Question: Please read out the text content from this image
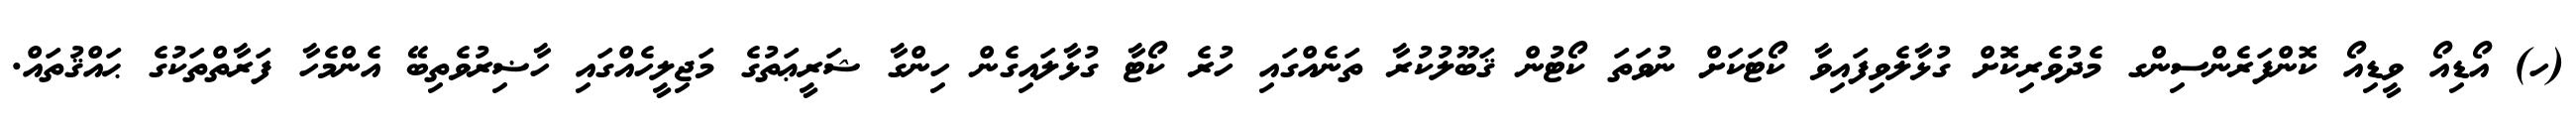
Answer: (ހ) އޯޑިއޯ ވީޑިއޯ ކޮންފަރެންސިންގ މެދުވެރިކޮށް ގުޅާލެވިފައިވާ ކޯޓަކަށް ނުވަތަ ކޯޓުން ޤަބޫލުކުރާ ތަނެއްގައި ހުރެ ކޯޓާ ގުޅާލައިގެން ހިންގާ ޝަރީޢަތުގެ މަޖިލީހެއްގައި ހާޟިރުވެތިބޭ އެންމެހާ ފަރާތްތަކުގެ ޙައްޤުތައް.